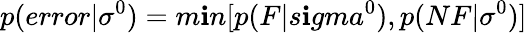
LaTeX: p(error|\sigma^{0})=m\mathbf{i}n[p(F|s\mathbf{i}gma^{0}),p(NF|\sigma^{0})]